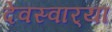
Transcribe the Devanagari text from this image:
देवस्वार्‍या